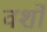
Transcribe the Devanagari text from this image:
वर्शों